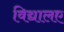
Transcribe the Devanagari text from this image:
विद्यालए